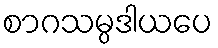
စာဂသမ္ပဒါယပေ